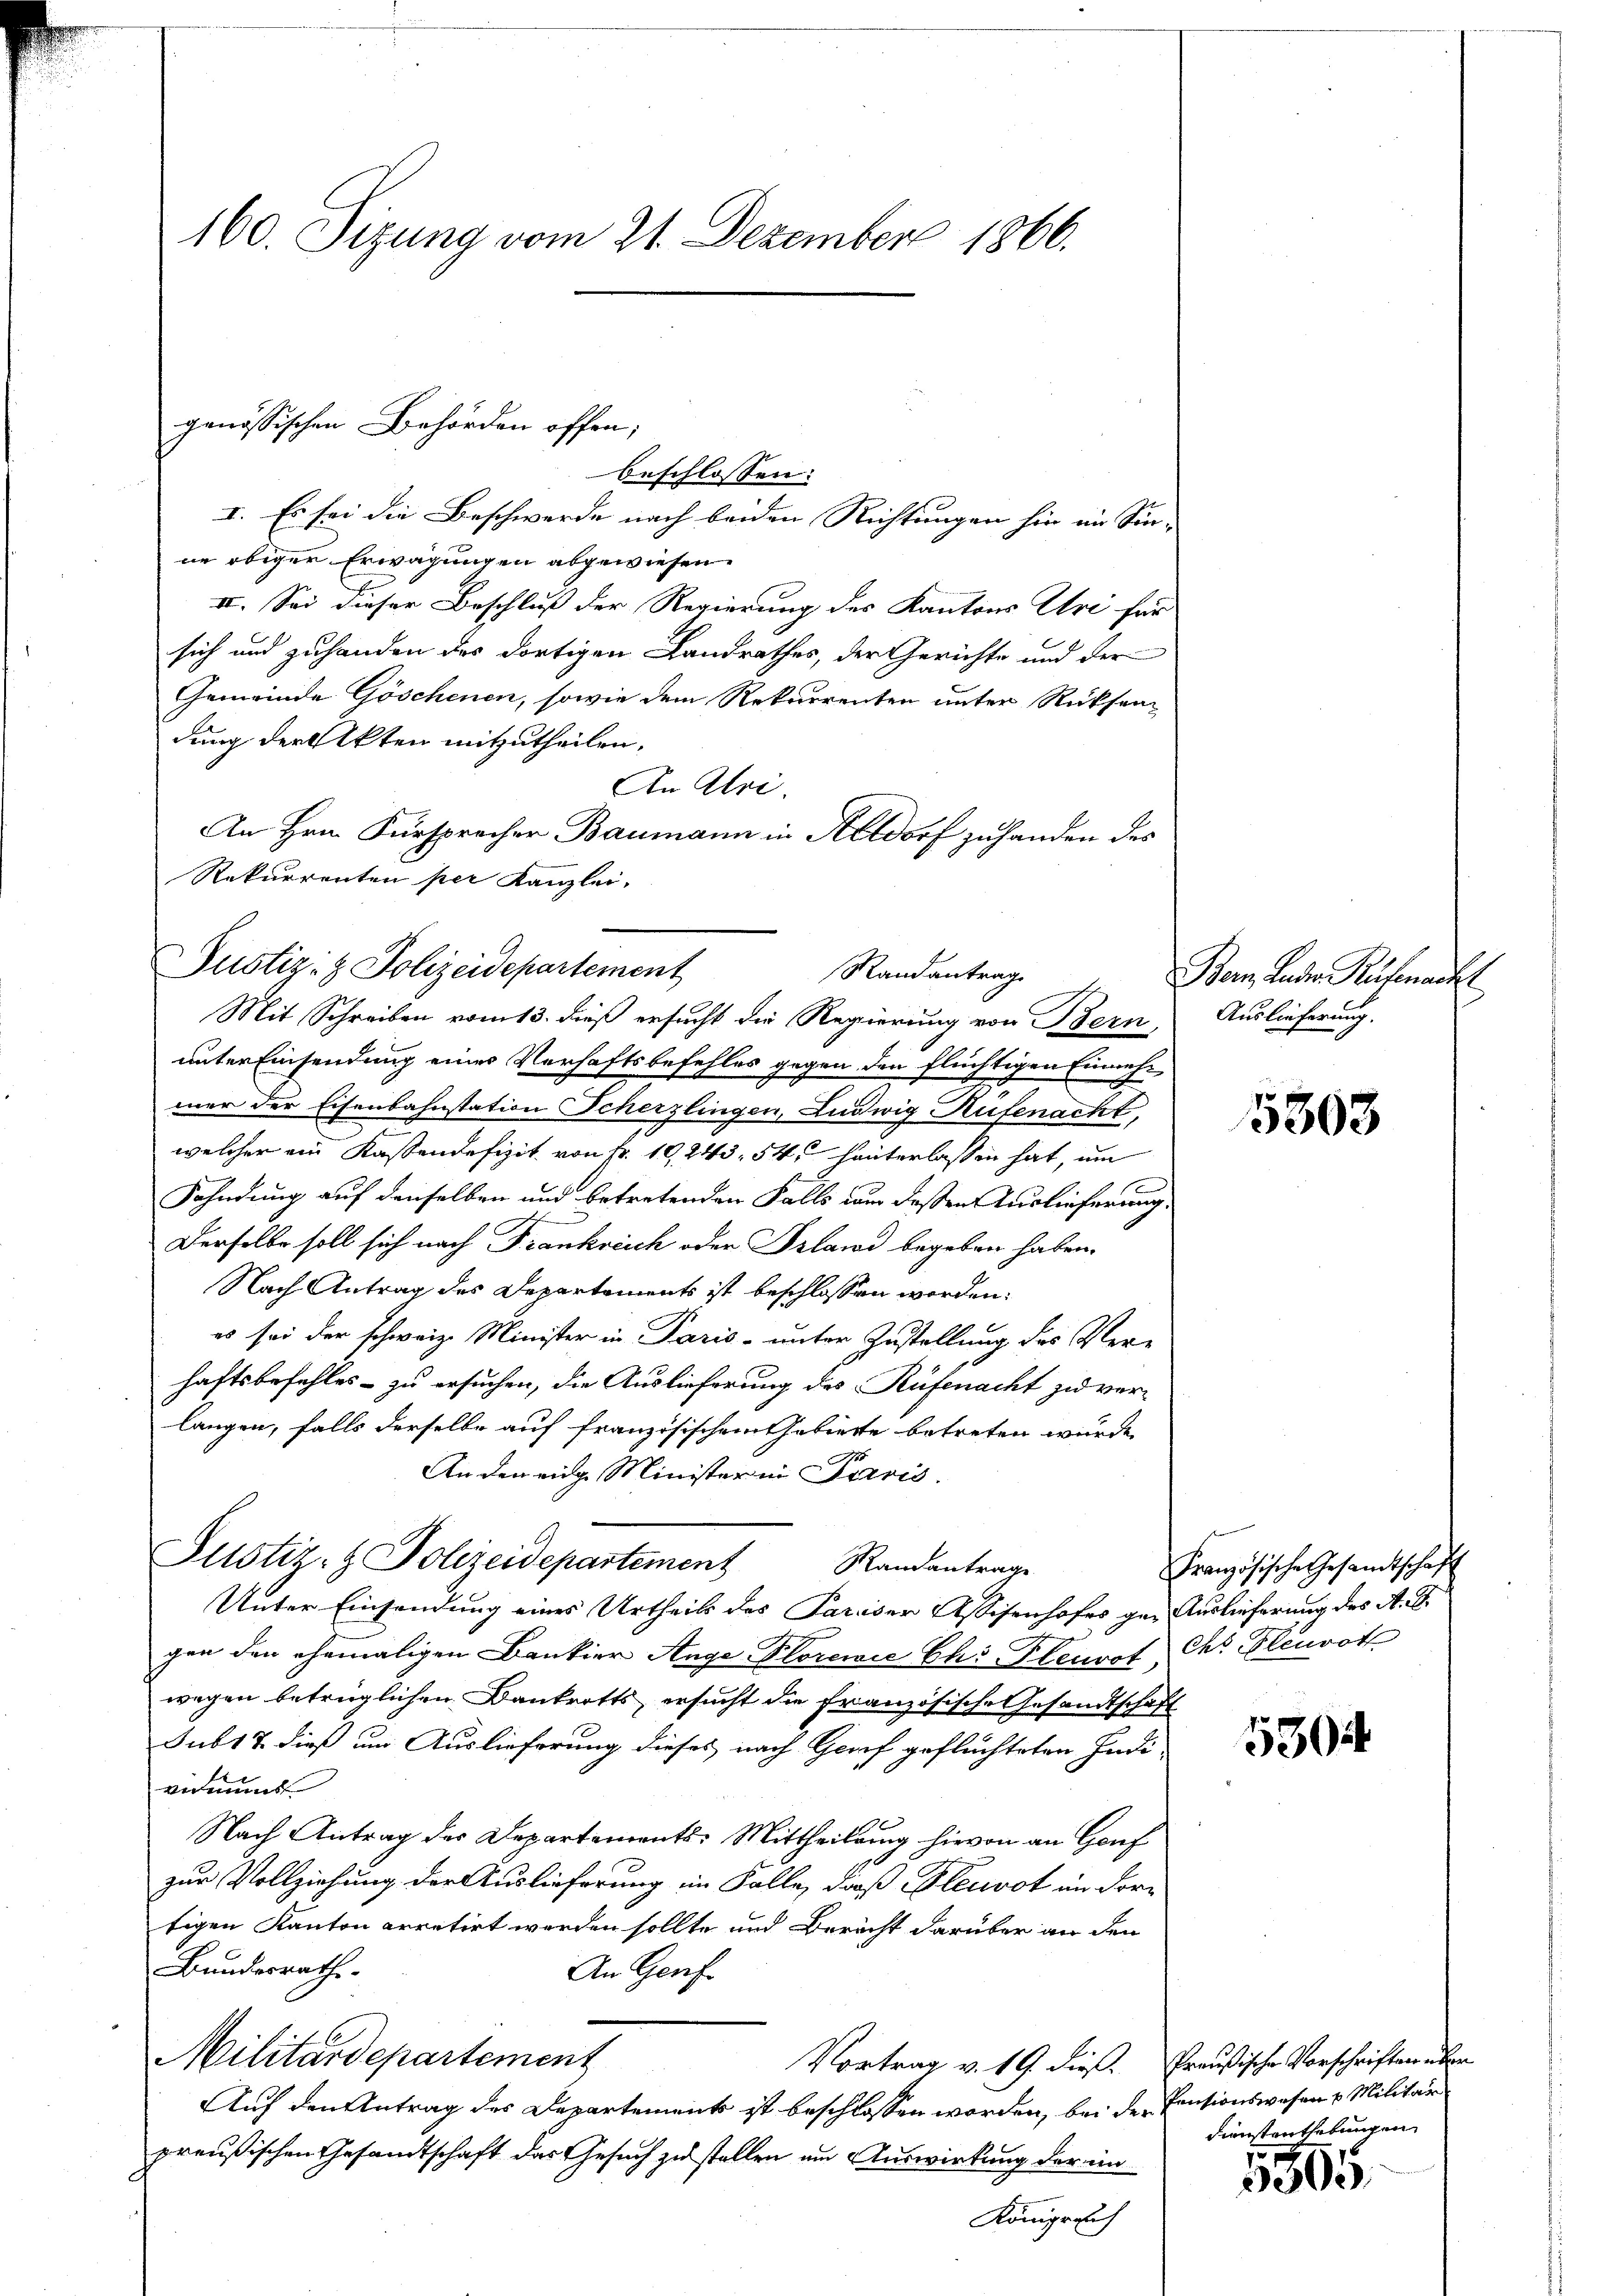
beschlossen:
I. Es sei die Beschwerde nach beiden Richtungen hin im Sin-
ne obiger Erwägungen abgewiesen.
II. Sei dieser Beschluß der Regierung des Kantons Uri für
sich und zuhanden des dortigen Landrathes, der Gerichte und der
Gemeinde Göschenen, sowie dem Rekurrenten unter Rücksen
dung der Akten mitzutheilen.
An Abri.
An Hrn. Fürsprecher Baumann in Altdorf zuhanden des
Rekurrenten per Kanzlei,

unter Einsendung einer Verhaftsbefehles gegen den flüchtigen Einnehmer der Eisenbahnstation Scherzlingen, Ludwig Rufenacht,
welcher ein Kassendefizit von Fr. 19243, 54, hinterlassen hat, um
Fahndung auf denselben und betretenden Falls um deßen Auslieferung,
Derselbe soll sich nach Frankreich oder Prland begeben haben.
Nach Antrag des Departements ist beschlossen worden:
es sei der schweiz. Minister in Paris - unter Zustellung des Verhaftsbefehles - zu ersuchen, die Auslieferung des Rüfenacht zu ver-
langen, falls derselbe auf französischem Gebierte betreten würde.
Anden eige Minister in Paris
Justiz- & Polizeidepartement Randantrage
Unter Einsendung eines Urtheils des Pariser Assisenhofes gen Auslieferung des A. G.
gen den ehemaligen Bankier Auge Florewić Chi Plenroths Plenroth
wegen betrüglichen Bankrotts, ersucht die französische Gesandtschaft
Sub 15. dieß um Auslieferung dieses nach Graf geflüchteten Indi-
vermund
Nach Antrag des Departements-Mittheilung hievon an Gouf
zur Vollziehung der Auslieferung im Falle, daß Pleuvot in Fortigen Kanton arretirt worden sollte und Bericht darüber an den
Bundesrathe
An Genf
Militärdepartement
Vortrag v. 19. dieß. Preußische Vorschriften über
Auf den Antrag des Departement ist beschlossen worden, bei der Pensionswesen u. Militar
preußischen Gesandtschaft das Gesuch zu stellen um Auswirkung der im
Königreich

160. Sizung vom 21. Dezember 1866.

genössischen Behörden offen;

Justiz- & Polizeidepartement
Randantrag
Mit Schreiben vom 13. dieß ersucht die Regierung von Bern

Bern. Leder Ruhmacht
Auslieferung.

5363

Französische Gesamtschaft

5304

Dienstenthebungen

1805.